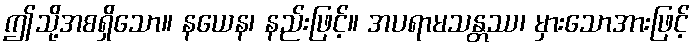
ဤသို့အစရှိသော။ နယေန၊ နည်းဖြင့်။ အပရာမသန္တဿ၊ မှားသောအားဖြင့်